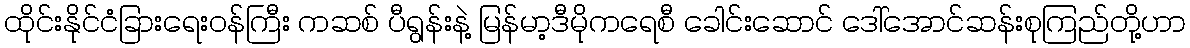
ထိုင်းနိုင်ငံခြားရေးဝန်ကြီး ကဆစ် ပီရွန်းနဲ့ မြန်မာ့ဒီမိုကရေစီ ခေါင်းဆောင် ဒေါ်အောင်ဆန်းစုကြည်တို့ဟာ